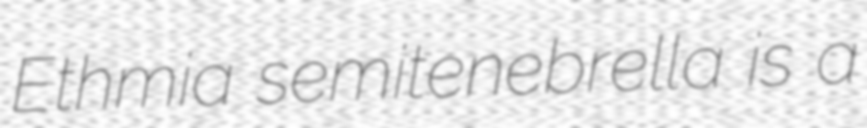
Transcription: Ethmia semitenebrella is a